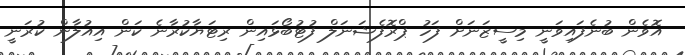
އޮވެން ބުނެފައިވަނީ މިސީޒަނަށް ފަހު ޕްރޮފެޝަނަލް ފުޓުބޯޅައިން ރިޓަޔާކުރާނެ ކަން އިއުލާން ކުރަނީ